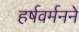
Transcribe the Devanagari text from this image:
हर्षवर्मनने